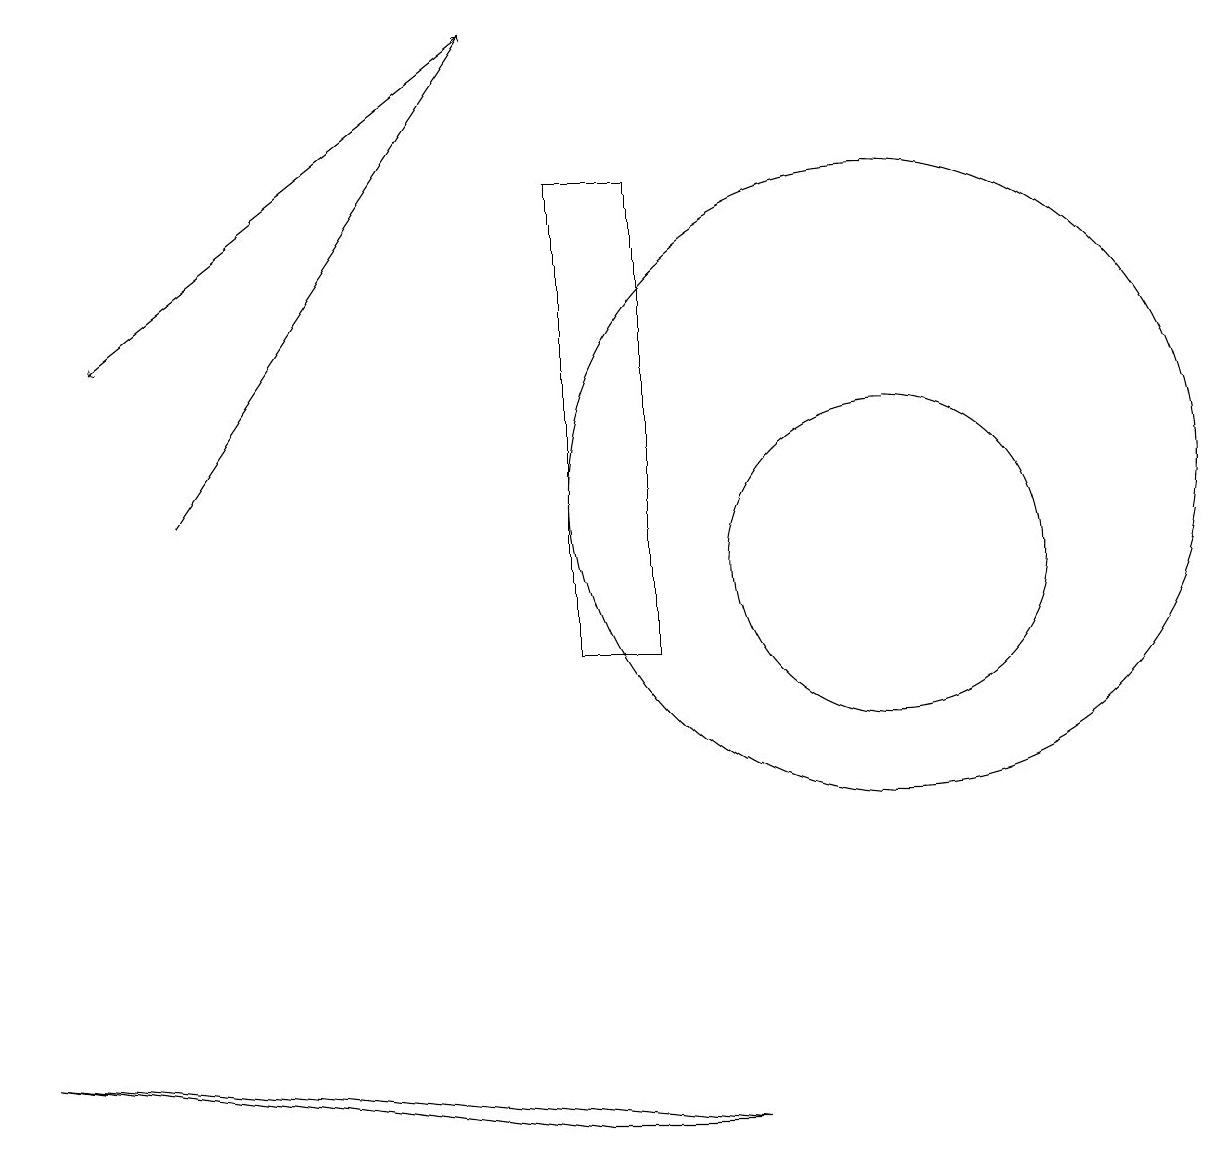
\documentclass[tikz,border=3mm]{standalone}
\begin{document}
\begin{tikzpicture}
\draw[->] (2,12) -- (6,18);
\draw (11,11) circle (2);
\draw (9,4) -- (7,4) -- (0,5) -- cycle;
\draw (7,16) rectangle (8,10);
\draw[->] (6,18) -- (1,14);
\draw (11,12) circle (4);
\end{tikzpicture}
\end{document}